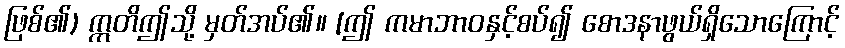
ဖြစ်၏) ဣတိဤသို့ မှတ်အပ်၏။ [ဤ ကမာဘာဝနှင့်စပ်၍ စောဒနာဖွယ်ရှိသောကြောင့်